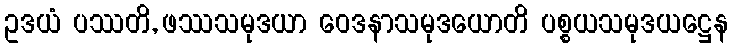
ဥဒယံ ပဿတိ, ဖဿသမုဒယာ ဝေဒနာသမုဒယောတိ ပစ္စယသမုဒယဋ္ဌေန